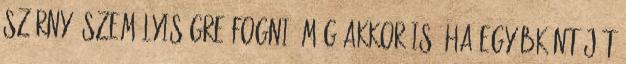
szörnyű személyiségre fogni, még akkor is, ha egyébként jót